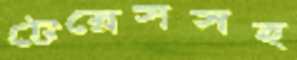
টেরেসসহ